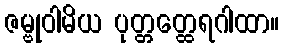
ဇမ္ဗုဝါမိယ ပုတ္တတ္ထေရဂါထာ။